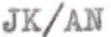
JK/AN